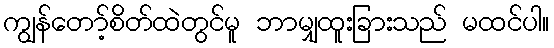
ကျွန်တော့်စိတ်ထဲတွင်မူ ဘာမျှထူးခြားသည် မထင်ပါ။